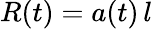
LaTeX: R(t)=a(t)\, l